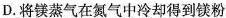
D. 将镁蒸气在氮气中冷却得到镁粉